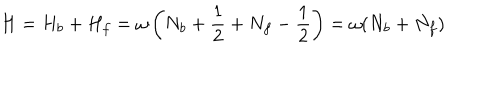
H = H _ { b } + H _ { f } = \omega \left( N _ { b } + \frac { 1 } { 2 } + N _ { f } - \frac { 1 } { 2 } \right) = \omega ( N _ { b } + N _ { f } )